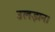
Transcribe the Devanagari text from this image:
उलझन।